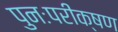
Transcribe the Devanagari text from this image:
पुनःपरीक्षण